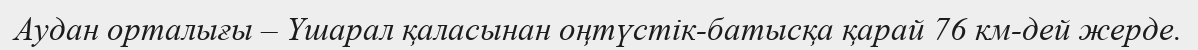
Аудан орталығы – Үшарал қаласынан оңтүстік-батысқа қарай 76 км-дей жерде.